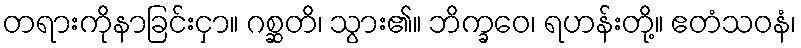
တရားကိုနာခြင်းငှာ။ ဂစ္ဆတိ၊ သွား၏။ ဘိက္ခဝေ၊ ရဟန်းတို့။ ဧတံသဝနံ၊